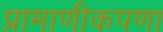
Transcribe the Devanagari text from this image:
प्रामाणीकपणा